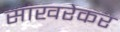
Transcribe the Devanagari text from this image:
साखरेकर